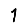
Digit: 1